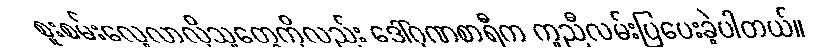
စူးစမ်းလေ့လာလိုသူတွေကိုလည်း ဒေါ်ဂုဏစာရီက ကူညီလမ်းပြပေးခဲ့ပါတယ်။